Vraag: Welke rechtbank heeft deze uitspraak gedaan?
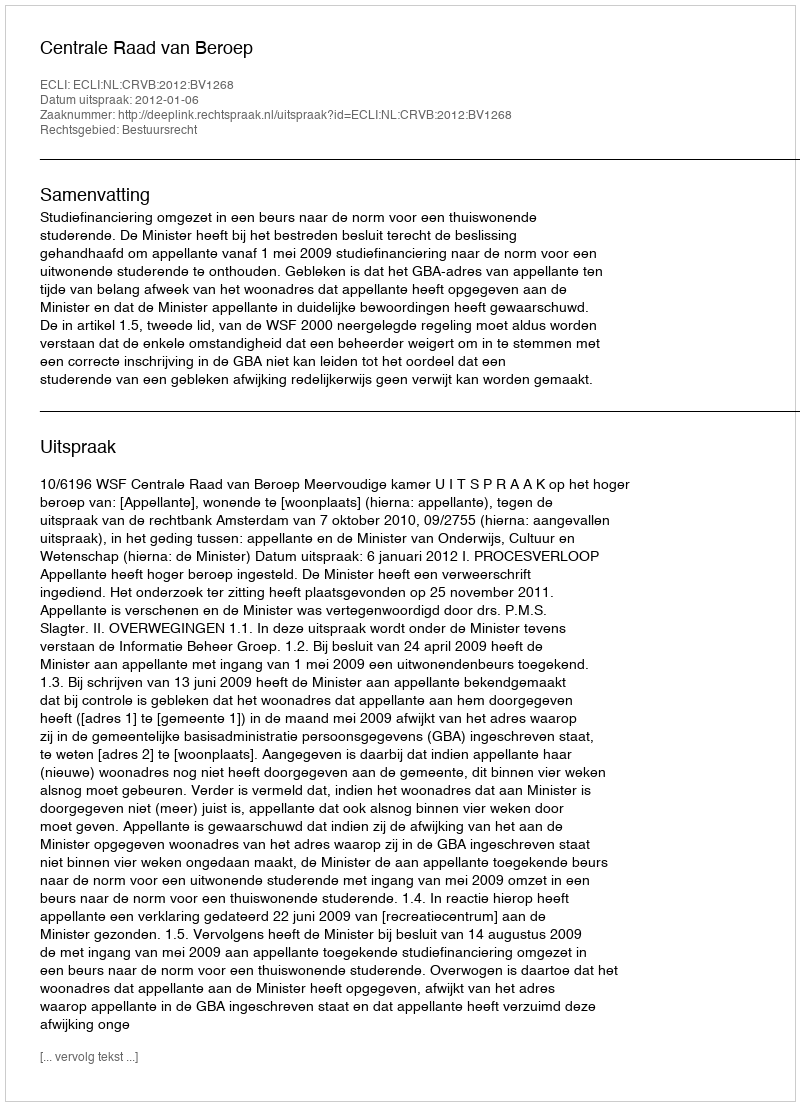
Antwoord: Centrale Raad van Beroep